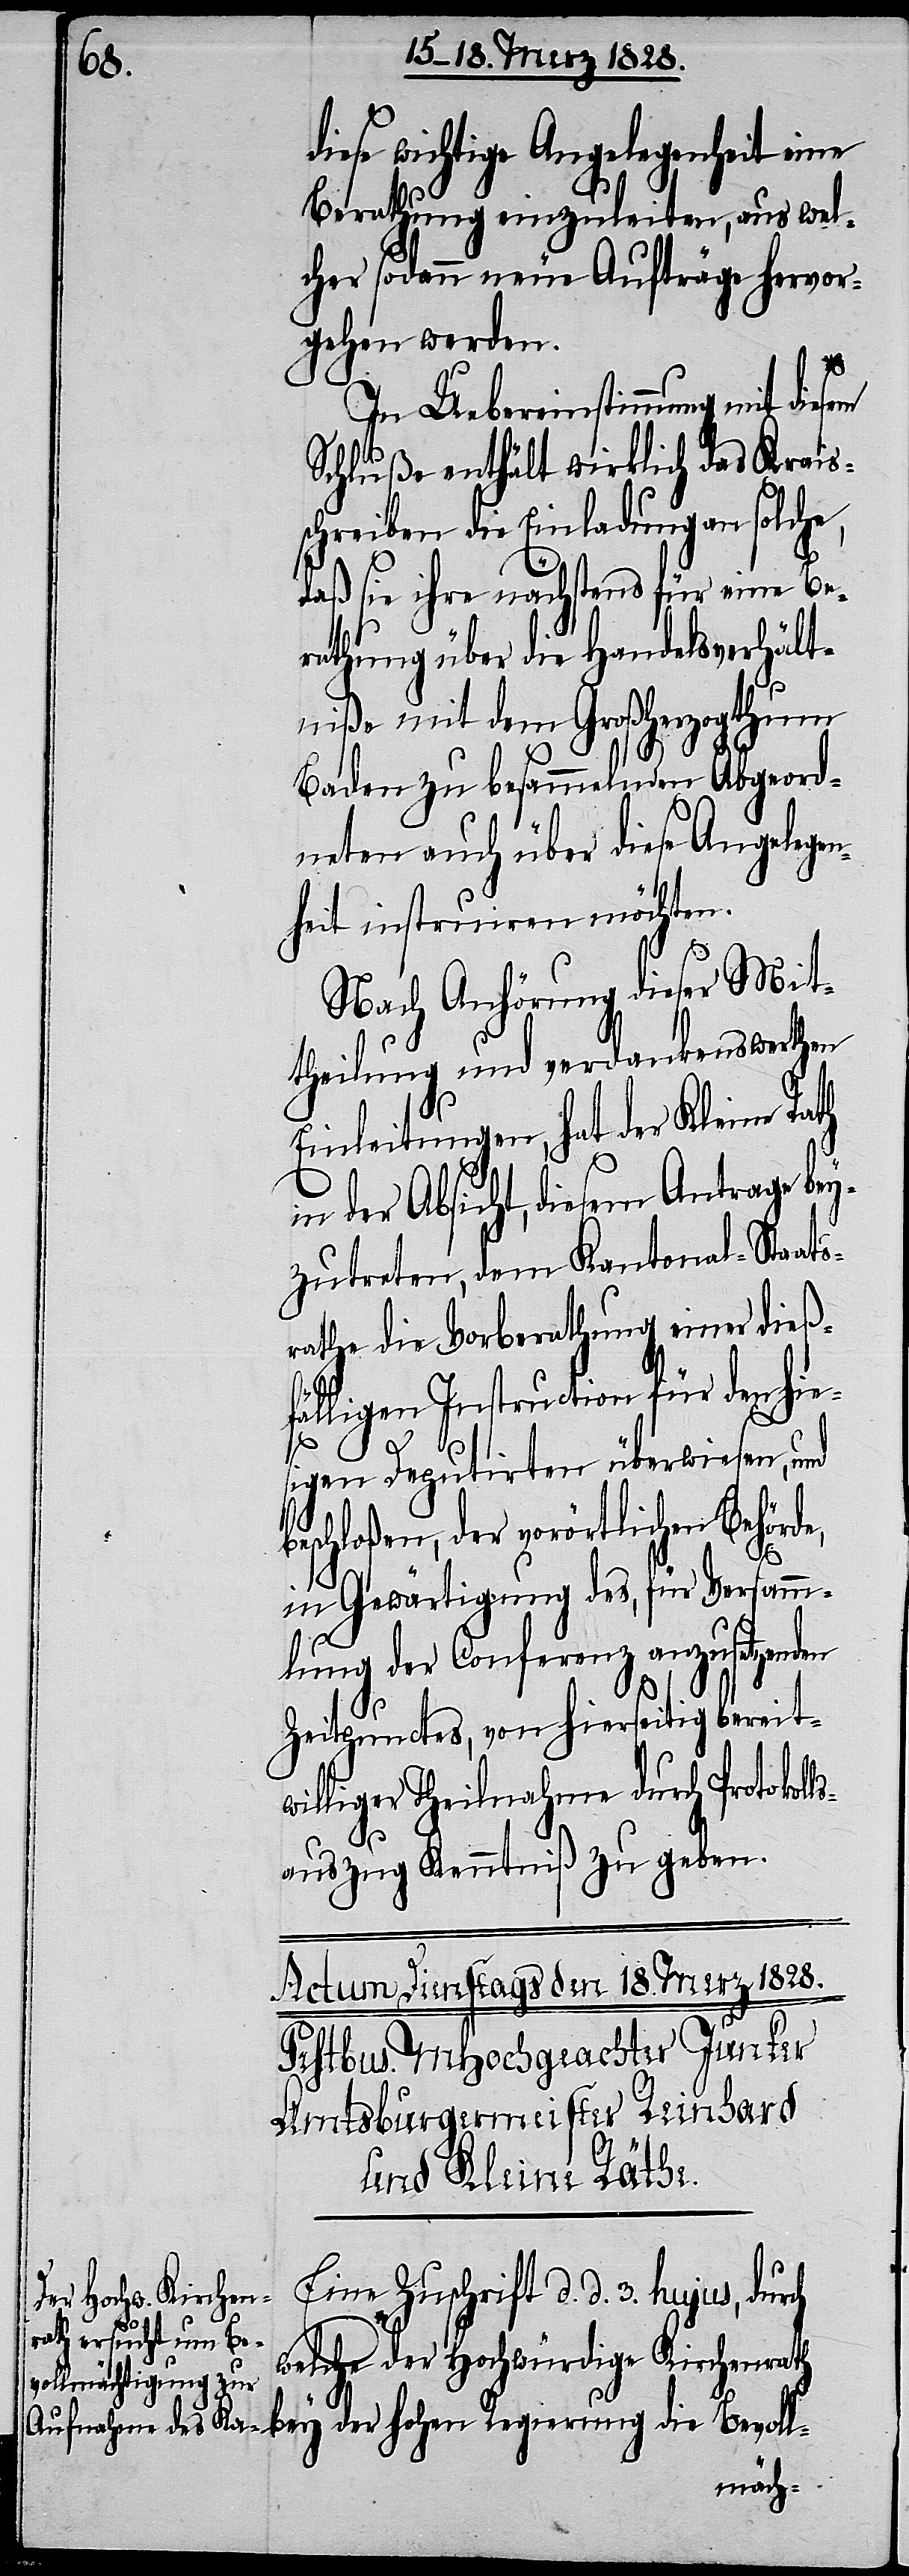
ls¬

diese wichtige Angelegenheit eine
Berathung einzuleiten, aus wel¬
cher sodann neue Aufträge hervor¬
gehen werden.
In Uebereinstimmung mit diesem
Schluße enthält wirklich das Krais¬
schreiben die Einladung an solche,
daß sie ihre nächstens für eine Be¬
rathung über die Handelsverhält¬
niße mit dem Großherzogthum
Baden zu besammelnden Abgeord¬
neten auch über diese Angelegen¬
heit instruiren möchten.
Nach Anhörung dieser Mit¬
theilung und verdankenswerthen
Einleitungen, hat der Kleine Rath
in der Absicht, diesem Antrage bey¬
zutreten, dem Kantonal-Staats¬
rathe die Vorberathung einer dieß¬
fälligen Instruction für den hie¬
der
sigen Deputirten überwiesen, und
beschloßen, der vorörtlichen Behörde,
ch
in Gewärtigung des, für Versamm¬
lung der Conferenz anzusetzenden
Zeitpunctes, von hierseitig bereit¬
williger Theilnahme durch Protokol¬
auszug Kenntniß zu geben.
Eine Zuschrift d. d. 3. hujus, dur¬
welche der Hochwürdige Kirchenrath